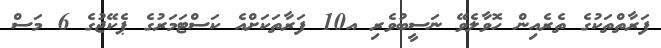
ފަރާތްތަކުގެ ތެރެއިން ހޮވާލެވޭ ނަސީބުވެރި އ10 ފަރާތަކަށްއެ ކަސްޓަމަރުގެ ޕެކޭޖުގެ 6 މަސް